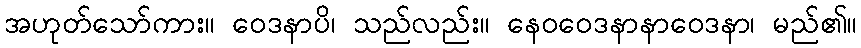
အဟုတ်သော်ကား။ ဝေဒနာပိ၊ သည်လည်း။ နေဝဝေဒနာနာဝေဒနာ၊ မည်၏။